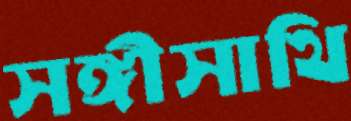
সঙ্গীসাথি